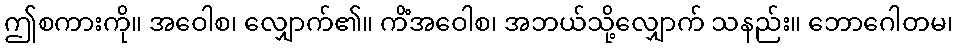
ဤစကားကို။ အဝေါစ၊ လျှောက်၏။ ကိံအဝေါစ၊ အဘယ်သို့လျှောက် သနည်း။ ဘောဂေါတမ၊